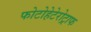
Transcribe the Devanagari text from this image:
फोटोहेटेरोट्राफ